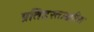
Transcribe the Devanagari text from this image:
प्रतिहस्ताक्षरित